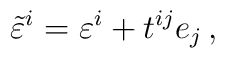
\tilde\varepsilon^i=\varepsilon^i+t^{ij}e_j\,,